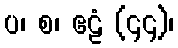
ပ၊ စ၊ ဧဠံ (၄၄)၊